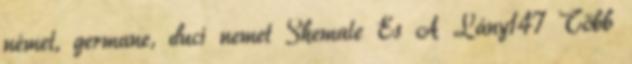
német, germane, duci nemet Shemale És A Lány147 Több